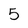
Character: 5